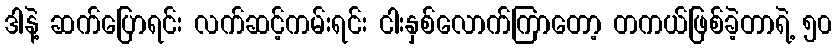
ဒါနဲ့ ဆက်ပြောရင်း လက်ဆင့်ကမ်းရင်း ငါးနှစ်လောက်ကြာတော့ တကယ်ဖြစ်ခဲ့တာရဲ့ ၅၀